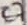
Text: C7